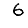
Digit: 6